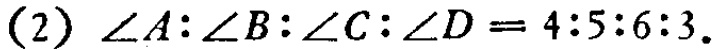
(2) $\angle A:\angle B:\angle C:\angle D = 4:5:6:3$.